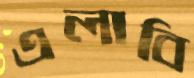
এলাবি